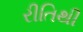
રીતિથી